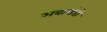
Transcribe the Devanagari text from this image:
अबान्डंडो